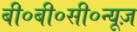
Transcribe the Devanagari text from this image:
बी०बी०सी०न्यूज़